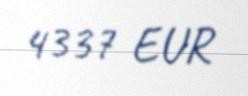
4337 EUR